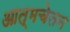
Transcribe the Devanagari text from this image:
आत्मचेतन